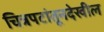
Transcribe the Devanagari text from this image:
चित्रपटांतूनदेखील